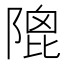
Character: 𨻀